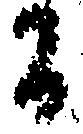
間